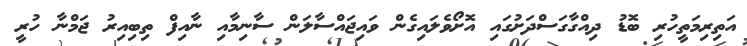
އަތިރިމަތީހުރި ބޮޑު ދިއްގާގަސްދަށުގައި އޮށޯވެލައިގެން ވައިޖައްސާލަން ސާނިމާއި ނާއިފް ތިބިއިރު ޖަމްނާ ހުރީ